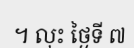
។ លុះ ថ្ងៃទី ៧